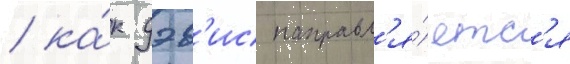
/ ка́к дэв'ис направл'я́етс'я